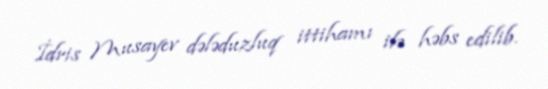
İdris Musayev dələduzluq ittihamı ilə həbs edilib.